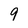
Character: 9